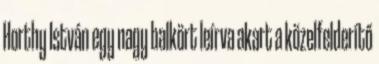
Horthy István egy nagy balkört leírva akart a közelfelderítő